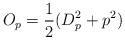
LaTeX: \begin{align*}O_p=\frac{1}{2}(D^2_p+p^2)\end{align*}